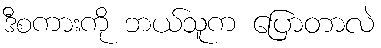
ဒီစကားကို ဘယ်သူက ပြောတာလဲ